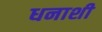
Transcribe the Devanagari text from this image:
धनाशी